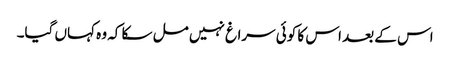
اس کے بعد اس کا کوئی سراغ نہیں مل سکا کہ وہ کہاں گیا۔